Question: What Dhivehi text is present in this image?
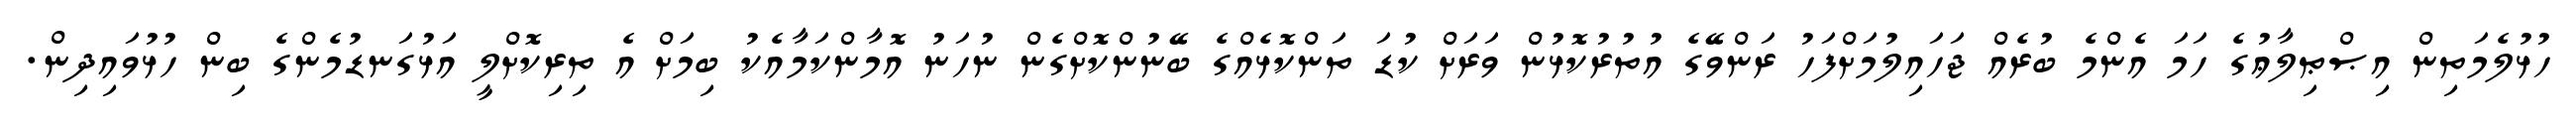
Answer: ހުޅުލެމަތިން އިޞްޠިލާޢުގެ ހަމަ އެންމެ ބުރެއް ޖަހައިލުމަށްފަހު ރަންވޭގެ އުތުރުކޮޅުން ވަރަށް ކުޑަ ތަންކޮޅެއްގެ ބޭނުންކޮށްގެން ނުހަނު އޮމާންކަމާއެކު ބިމަށް އެ ތިރިކޮށްލީ އަޅުގަނޑުމެންގެ ބިން ހުޅުވައިދިން.